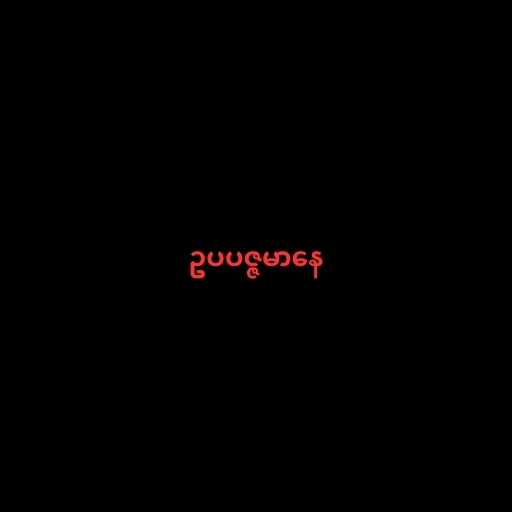
ဥပပဇ္ဇမာနေ